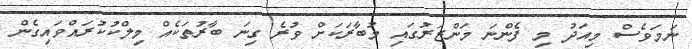
ނަމަވެސް މިއަދު މި ފެންނަ މަންޒަރުގައި މުބާރަކަށް ވުރެ ގިނަ ބާރުތަކެއް މިލްކުކުރައްވައިގެން